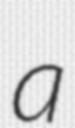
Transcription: a